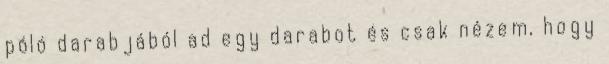
póló darabjából ad egy darabot és csak nézem, hogy